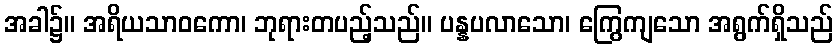
အခါ၌။ အရိယသာဝကော၊ ဘုရားတပည့်သည်။ ပန္နပလာသော၊ ကြွေကျသော အရွက်ရှိသည်